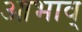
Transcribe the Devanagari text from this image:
आभाव्